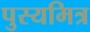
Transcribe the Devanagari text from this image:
पुस्यमित्र